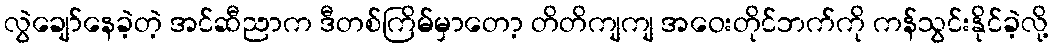
လွဲချော်နေခဲ့တဲ့ အင်ဆီညာက ဒီတစ်ကြိမ်မှာတော့ တိတိကျကျ အဝေးတိုင်ဘက်ကို ကန်သွင်းနိုင်ခဲ့လို့